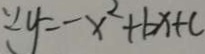
\because y = - x ^ { 2 } + b x + c